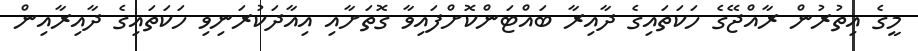
މީގެ އިތުރުން ރާއްޖޭގެ ހަކަތައިގެ ދާއިރާ ބައްޓަންކޮށްފައިވާ ގޮތަށާއި އިއާދަކުރަނިވި ހަކަތައިގެ ދާއިރާއިން